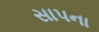
સાપના